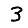
Digit: 3